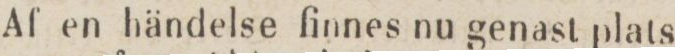
Af en händelse finnes nu genast plats